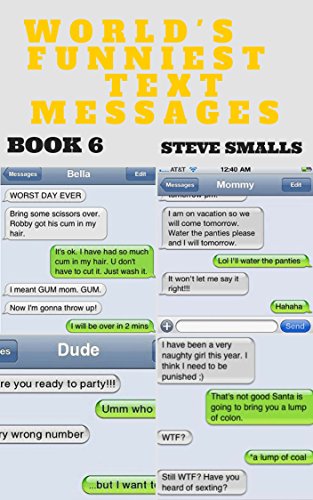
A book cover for Memes: Memes - World's Funniest Text Messages Book 6; Memes; Crafts, Hobbies & Home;